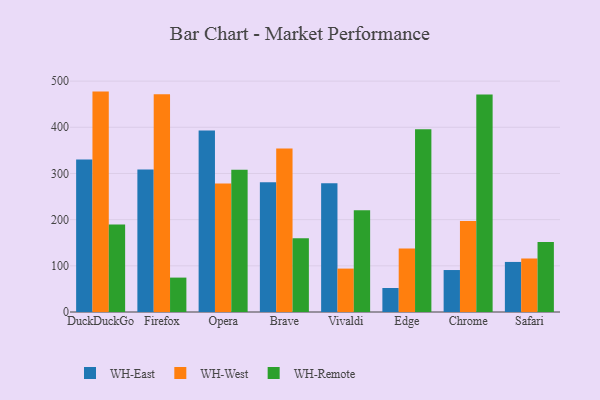
{"axis": {"x": "Browser", "y": "Waste Production (Tons)"}, "legend": ["WH-East", "WH-Remote", "WH-West"], "data": [{"x": "DuckDuckGo", "y": 330.5, "type": "WH-East"}, {"x": "DuckDuckGo", "y": 477.3, "type": "WH-West"}, {"x": "DuckDuckGo", "y": 189.5, "type": "WH-Remote"}, {"x": "Firefox", "y": 308.7, "type": "WH-East"}, {"x": "Firefox", "y": 471.6, "type": "WH-West"}, {"x": "Firefox", "y": 74.5, "type": "WH-Remote"}, {"x": "Opera", "y": 393.1, "type": "WH-East"}, {"x": "Opera", "y": 278.5, "type": "WH-West"}, {"x": "Opera", "y": 308.3, "type": "WH-Remote"}, {"x": "Brave", "y": 280.9, "type": "WH-East"}, {"x": "Brave", "y": 353.9, "type": "WH-West"}, {"x": "Brave", "y": 159.9, "type": "WH-Remote"}, {"x": "Vivaldi", "y": 279.0, "type": "WH-East"}, {"x": "Vivaldi", "y": 94.0, "type": "WH-West"}, {"x": "Vivaldi", "y": 220.4, "type": "WH-Remote"}, {"x": "Edge", "y": 52.0, "type": "WH-East"}, {"x": "Edge", "y": 137.4, "type": "WH-West"}, {"x": "Edge", "y": 395.7, "type": "WH-Remote"}, {"x": "Chrome", "y": 90.9, "type": "WH-East"}, {"x": "Chrome", "y": 197.0, "type": "WH-West"}, {"x": "Chrome", "y": 471.2, "type": "WH-Remote"}, {"x": "Safari", "y": 108.4, "type": "WH-East"}, {"x": "Safari", "y": 115.8, "type": "WH-West"}, {"x": "Safari", "y": 151.4, "type": "WH-Remote"}]}